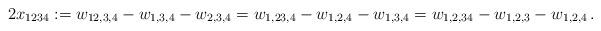
LaTeX: \begin{align*} 2x_{1234}:=w_{12,3,4}-w_{1,3,4}-w_{2,3,4}=w_{1,23,4}-w_{1,2,4}-w_{1,3,4}=w_{1,2,34}-w_{1,2,3}-w_{1,2,4}\,.\end{align*}